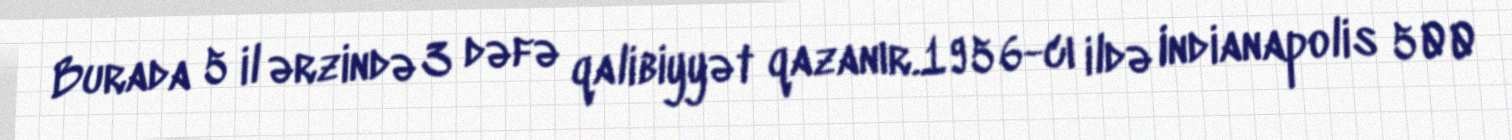
Burada 5 il ərzində 3 dəfə qalibiyyət qazanır.1956-cı ildə Indianapolis 500